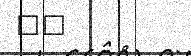
٤٣